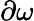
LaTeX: \partial\omega